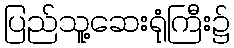
ပြည်သူ့ဆေးရုံကြီး၌